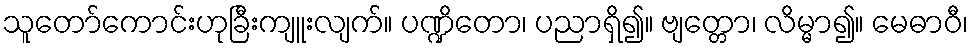
သူတော်ကောင်းဟုခြီးကျူးလျက်။ ပဏ္ဍိတော၊ ပညာရှိ၍။ ဗျတ္တော၊ လိမ္မာ၍။ မေဓာဝီ၊